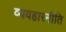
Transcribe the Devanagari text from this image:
व्यवहारनीति